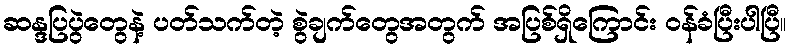
ဆန္ဒပြပွဲတွေနဲ့ ပတ်သက်တဲ့ စွဲချက်တွေအတွက် အပြစ်ရှိကြောင်း ဝန်ခံပြီးပါပြီ။